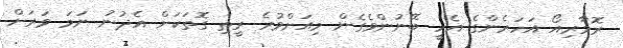
ރޮމާރިއޯ އަހަރެންގެ އެހީ ބޭނުންވެގެން މިއަށްވުރެ ރީތި ގޮތަކަށް އެދުނު ނަމަ ވަރަށް